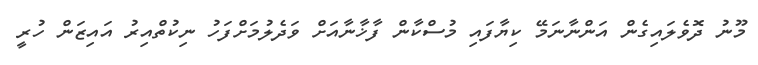
މޫނު ދޮވެލައިގެން އަންނާނަމޭ ކިޔާފައި މުސްކާން ފާޚާނާއަށް ވަދެލުމަށްފަހު ނިކުތްއިރު އައިޒަން ހުރީ